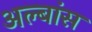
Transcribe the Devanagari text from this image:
अल्बांस